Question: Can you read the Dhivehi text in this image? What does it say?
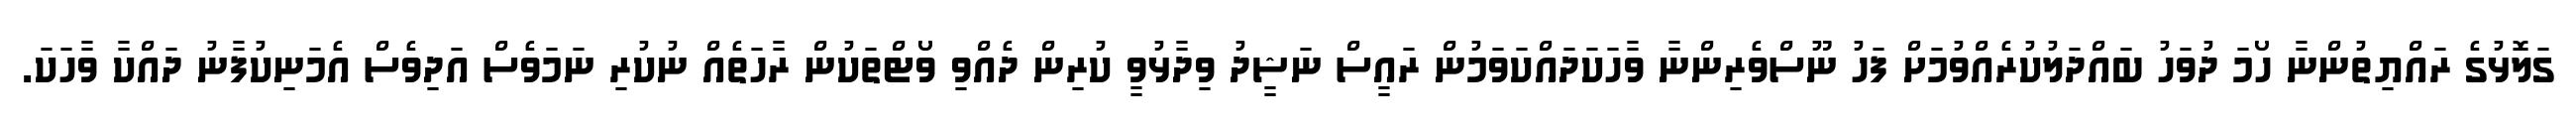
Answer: ގަލޮޅުގެ ރައްޔިތުންނާ ހޯމަ ދުވަހު ބައްދަލުކުރެއްވުމަށް ފަހު ނޫސްވެރިންނާ ވާހަކަދައްކަވަމުން ރައީސް ނަޝީދު ވިދާޅުވީ ކުރިން ދެއްވި ވޯޓްތަކުން ރާހަތެއް ނުކުރި ނަމަވެސް އަދިވެސް އެމަނިކުފާނު ދައްކާ ވާހަކަ.